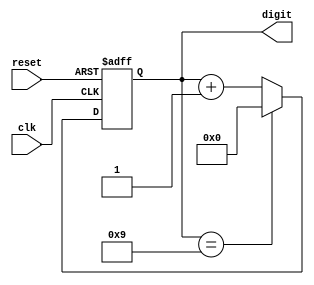
module BCD_counter (
    input wire clk,
    input wire reset,
    output reg [3:0] digit
);

reg [3:0] count;

always @(posedge clk or posedge reset) begin
    if (reset) begin
        count <= 4'b0000;
    end else begin
        if (count == 4'b1001) begin
            count <= 4'b0000;
        end else begin
            count <= count + 4'b0001;
        end
    end
end

assign digit = count;

endmodule